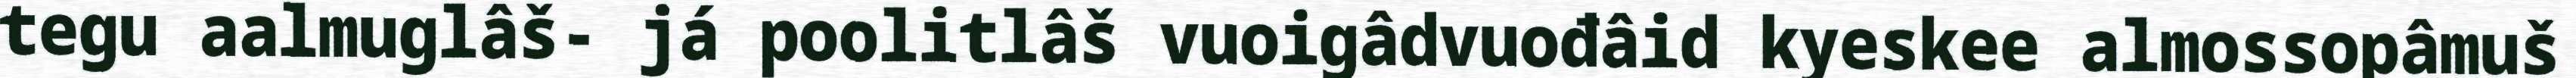
tegu aalmuglâš- já poolitlâš vuoigâdvuođâid kyeskee almossopâmuš